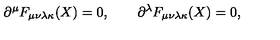
\partial ^ { \mu } F _ { \mu \nu \lambda \kappa } ( X ) = 0 , \qquad \partial ^ { \lambda } F _ { \mu \nu \lambda \kappa } ( X ) = 0 ,